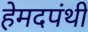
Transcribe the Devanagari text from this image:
हेमदपंथी